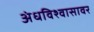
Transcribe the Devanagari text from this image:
अंधविश्वासावर